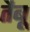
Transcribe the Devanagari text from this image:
तैबू